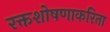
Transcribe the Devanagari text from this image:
रक्तशोषणाकरिता